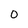
Character: 0